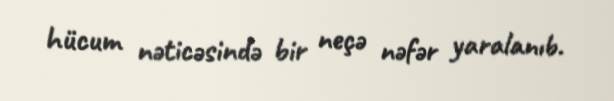
hücum nəticəsində bir neçə nəfər yaralanıb.